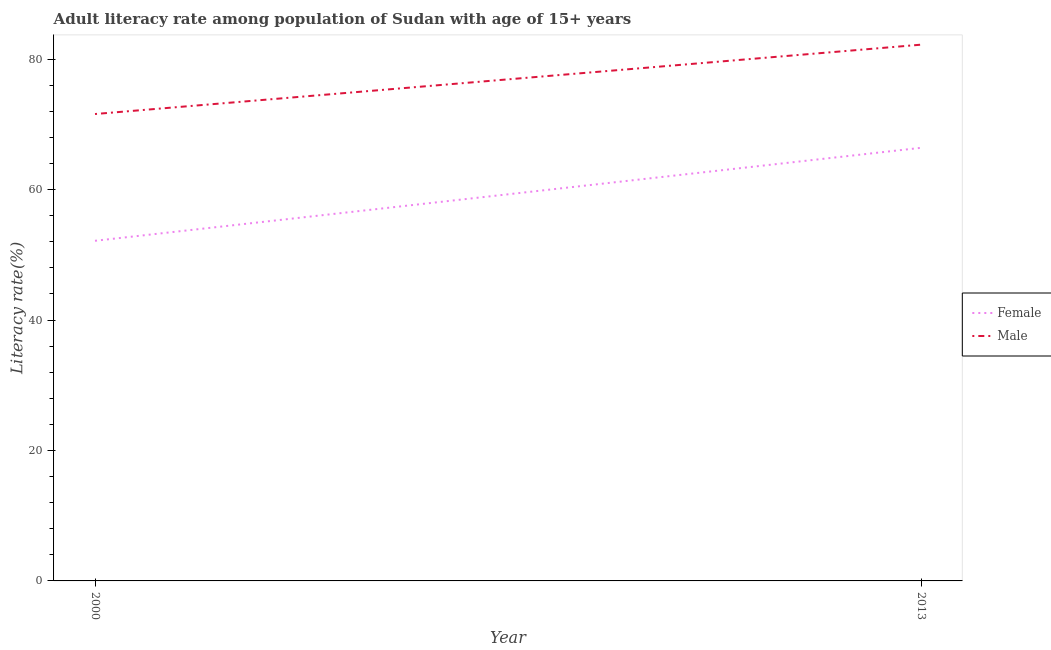
| Year | Female | Male |
 | --- | --- | --- |
 | 2000 | 52.1 | 71.6 |
 | 2013 | 66.4 | 82.2 |